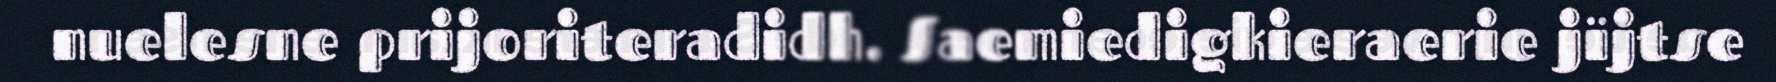
nuelesne prijoriteradidh. Saemiedigkieraerie jïjtse